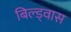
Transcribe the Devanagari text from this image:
बिल्ड्वास